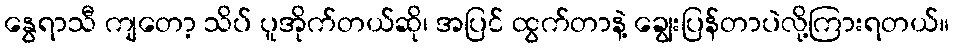
နွေရာသီ ကျတော့ သိပ် ပူအိုက်တယ်ဆို၊ အပြင် ထွက်တာနဲ့ ချွေးပြန်တာပဲလို့ကြားရတယ်။